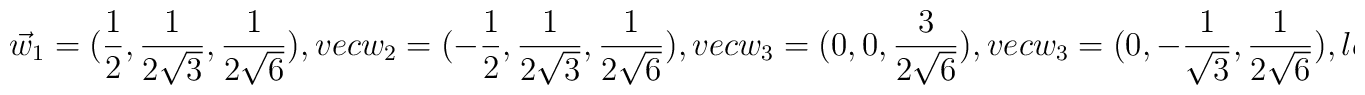
\vec w_1=(\frac{1}{2},\frac{1}{2\sqrt{3}},\frac{1}{2\sqrt{6}}),\  \\vec w_2=(-\frac{1}{2},\frac{1}{2\sqrt{3}},\frac{1}{2\sqrt{6}}),\  \\vec w_3=(0,0,\frac{3}{2\sqrt{6}}),\  \\vec w_3=(0,-\frac{1}{\sqrt{3}},\frac{1}{2\sqrt{6}}),\  \